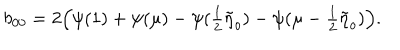
LaTeX: b _ { 0 0 } = 2 \Bigl ( \psi ( 1 ) + \psi ( \mu ) - \psi ( { \textstyle { \frac { 1 } { 2 } } } \tilde { \eta } _ { o } ) - \psi ( \mu - { \textstyle { \frac { 1 } { 2 } } } \tilde { \eta } _ { o } ) \Bigl ) .